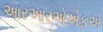
આરઆરએએફએ